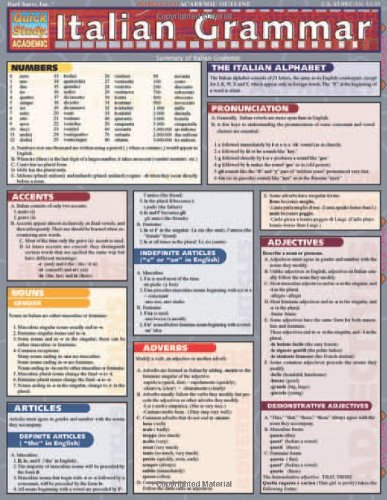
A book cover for Italian Grammar (Quickstudy: Academic); Inc. BarCharts; Reference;